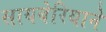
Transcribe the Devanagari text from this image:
सायबेरियाने